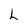
Character: L